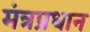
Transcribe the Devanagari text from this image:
मंत्रप्रधान